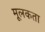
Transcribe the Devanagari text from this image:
मूलकता